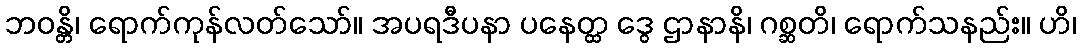
ဘဝန္တိ၊ ရောက်ကုန်လတ်သော်။ အပရဒီပနာ ပနေတ္ထ ဒွေ ဌာနာနိ၊ ဂစ္ဆတိ၊ ရောက်သနည်း။ ဟိ၊